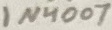
Text: IN4007